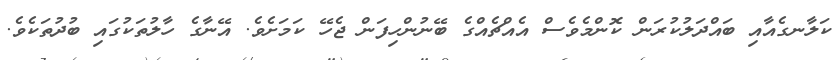
ކަލާނގެއާއި ބައްދަލުކުރަން ކޮންމެވެސް އެއްޗެއްގެ ބޭނުންހިފަން ޖެހޭ ކަމަށެވެ. އޭނާގެ ހާލުތަކުގައި ބުދުތަކެވެ.